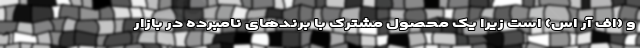
و (اف آر اس) است زیرا یک محصول مشترک با برندهای نامبرده در بازار